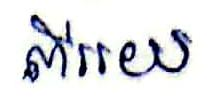
ពីររយ